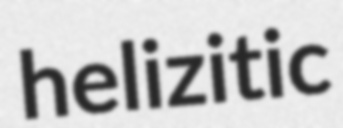
helizitic